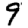
Digit: 9